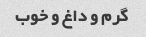
گرم و داغ و خوب